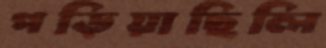
পড়িয়াছিলি